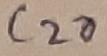
Text: C28